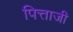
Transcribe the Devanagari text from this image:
पित्ताजी